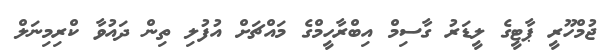
ޖުމްހޫރީ ޕާޓީގެ ލީޑަރު ގާސިމް އިބްރާހީމްގެ މައްޗަށް އުފުލި ތިން ދައުވާ ކްރިމިނަލް